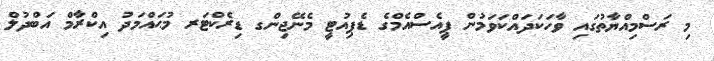
މި ރަސްމިއްޔާތުގައި ވާހަކަދައްކަވަމުން ޕީއެސްއެމްގެ ޑެޕިއުޓީ މެނޭޖިންގ ޑިރެކްޓަރ މުޙައްމަދު އިކްރާމް އަބްދުލް